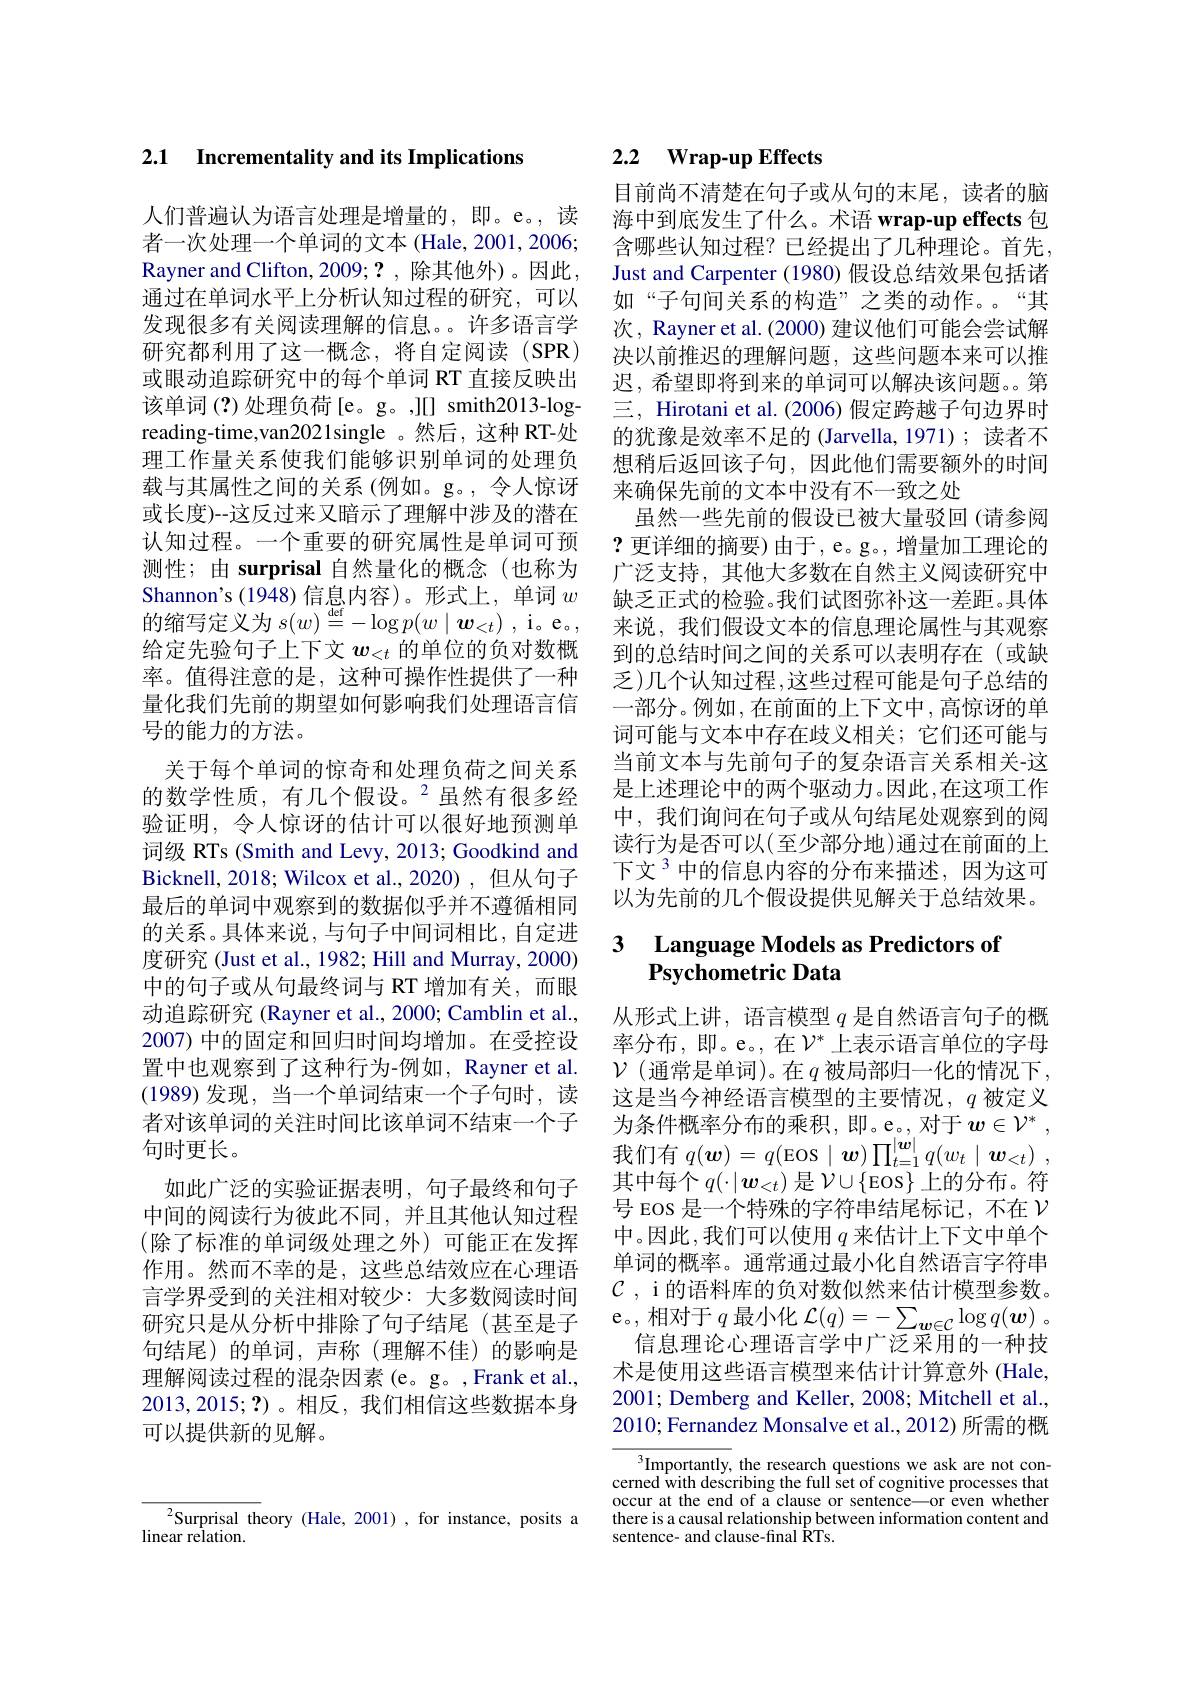
# 2.1 $\textbf{Incrementality and its Implications}$

人们普遍认为语言处理是增量的，即。e。,读$者一次处理一个单词的文本(Hale,2001,2006;$ Rayner and Clifton, 2009; ? , 除 其 他 外 ) 。因 此 通过在单词水平上分析认知过程的研究，可以发现很多有关阅读理解的信息。许多语言学研究都利用了这一概念，将自定阅读(SPR) 或眼动追踪研究中的每个单词 RT 直接反映出该单词 (?)处理负荷[e。g。,][] smith2013-logreading-time,van2021single 。然后 ,这种 RT-处理工作量关系使我们能够识别单词的处理负载与其属性之间的关系(例如。g。,令人惊讶或长度)--这反过来又暗示了理解中涉及的潜在认知过程。一个重要的研究属性是单词可预测性；由 surprisal 自然量化的概念(也称为Shannon's (1948) 信息内容)。形式上，单词$w$ 的缩写定义为$s(w)\overset{\mathrm{def}}{\operatorname*{=}}-\log p(w\mid\boldsymbol{w}_{<t})$ ,i。e。给定先验句子上下文$w_{<t}$的单位的负对数概率。值得注意的是，这种可操作性提供了一种量化我们先前的期望如何影响我们处理语言信号的能力的方法。
关于每个单词的惊奇和处理负荷之间关系的数学性质，有几个假设。$^2$虽然有很多经验证明，令人惊讶的估计可以很好地预测单词级 RTs (Smith and Levy, 2013; Goodkind and Bicknell, 2018; Wilcox et al., 2020) , 但从句子最后的单词中观察到的数据似乎并不遵循相同的关系。具体来说，与句子中间词相比，自定进度研究 (Just et al., 1982; Hill and Murray, 2000) 中的句子或从句最终词与 RT 增加有关，而眼动追踪研究 (Rayner et al., 2000; Camblin et al., 2007) 中的固定和回归时间均增加。在受控设置中也观察到了这种行为-例如，Rayner et al. (1989)发现，当一个单词结束一个子句时，读者对该单词的关注时间比该单词不结束一个子句时更长。
如此广泛的实验证据表明，句子最终和句子中间的阅读行为彼此不同，并且其他认知过程(除了标准的单词级处理之外)可能正在发挥作用。然而不幸的是，这些总结效应在心理语言学界受到的关注相对较少：大多数阅读时间研究只是从分析中排除了句子结尾(甚至是子句结尾)的单词，声称(理解不佳)的影响是理解阅读过程的混杂因素(e。g。,Frank et al., 2013,2015;?)。相反，我们相信这些数据本身可以提供新的见解。

# 2.2 Wrap-up Effects

目前尚不清楚在句子或从句的末尾，读者的脑海中到底发生了什么。术语 wrap-up effects 包含哪些认知过程？已经提出了几种理论。首先， Just and Carpenter (1980)假设总结效果包括诸如“子句间关系的构造”之类的动作。“其次，Rayner et al. (2000) 建议他们可能会尝试解决以前推迟的理解问题，这些问题本来可以推迟，希望即将到来的单词可以解决该问题。第三，Hirotani et al. (2006) 假定跨越子句边界时的犹豫是效率不足的 (Jarvella, 1971); 读者不想稍后返回该子句，因此他们需要额外的时间来确保先前的文本中没有不一致之处
虽然一些先前的假设已被大量驳回 (请参阅?更详细的摘要)由于，e。g。,增量加工理论的广泛支持，其他大多数在自然主义阅读研究中缺乏正式的检验。我们试图弥补这一差距。具体来说，我们假设文本的信息理论属性与其观察到的总结时间之间的关系可以表明存在(或缺${\text{乏)几个认知过程},\text{这些过程可能是句子总结的}}$ 一部分。例如，在前面的上下文中，高惊讶的单词可能与文本中存在歧义相关；它们还可能与当前文本与先前句子的复杂语言关系相关-这是上述理论中的两个驱动力。因此，在这项工作中，我们询问在句子或从句结尾处观察到的阅读行为是否可以(至少部分地)通过在前面的上下文$^{3}$中的信息内容的分布来描述，因为这可以为先前的几个假设提供见解关于总结效果。

## 3 Language Models as Predictors of Psychometric Data

从形式上讲，语言模型$q$是自然语言句子的概率分布，即。e。,在$\mathcal{V}^*$上表示语言单位的字母$\mathcal{V}$(通常是单词)。在$q$ 被局部归一化的情况下， 这是当今神经语言模型的主要情况，$q$被定义为条件概率分布的乘积，即。e。,对于$\boldsymbol w\in\mathcal{V}^*$, 我们有$q(\boldsymbol{w})=q($Eos$\mid \boldsymbol{w}) \prod _t= 1^{| \boldsymbol{w}| }q( w_t\mid \boldsymbol{w}_{< t})$ , 其中每个$q(\cdot|\boldsymbol{w}_{<t})$是$\mathcal{V}\cup\{$Eos$\}$上的分布。符号 EOS 是一个特殊的字符串结尾标记，不在$\mathcal{V}$ 中。因此，我们可以使用 $q$ 来估计上下文中单个单词的概率。通常通过最小化自然语言字符串$\mathcal{C}$ , i 的语料库的负对数似然来估计模型参数。e。,相对于$q$最小化$\mathcal{L}(q)=-\sum_\boldsymbol{w}\in\mathcal{C}\log q(\boldsymbol{w})$ 。
信息理论心理语言学中广泛采用的一种技术是使用这些语言模型来估计计算意外 (Hale, 2001; Demberg and Keller, 2008; Mitchell et al., 2010; Fernandez Monsalve et al., 2012) 所需的概

$^{3}$Importantly, the research questions we ask are not concerned with describing the full set of cognitive processes that occur at the end of a clause or sentence—or even whether there is a causal relationship between information content and sentence- and clause-final RTs.

$^{2}$Surprisal theory (Hale, 2001), for instance, posits a
linear relation.